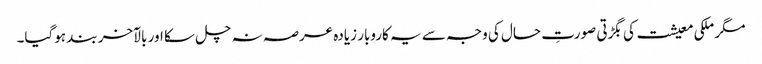
مگر ملکی معیشت کی بگڑتی صورتِ حال کی وجہ سے یہ کاروبار زیادہ عرصہ نہ چل سکا اور بالآخر بند ہوگیا۔